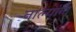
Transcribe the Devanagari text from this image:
नाल्यांना